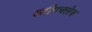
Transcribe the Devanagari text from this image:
स्टीपचलेज़